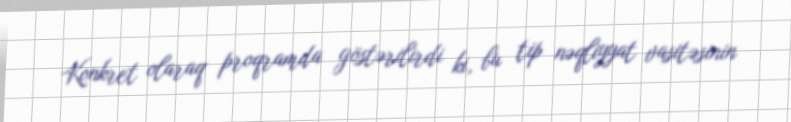
Konkret olaraq proqramda göstərilirdi ki, bu tip nəqliyyat vasitəsinin